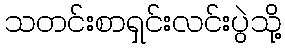
သတင်းစာရှင်းလင်းပွဲသို့